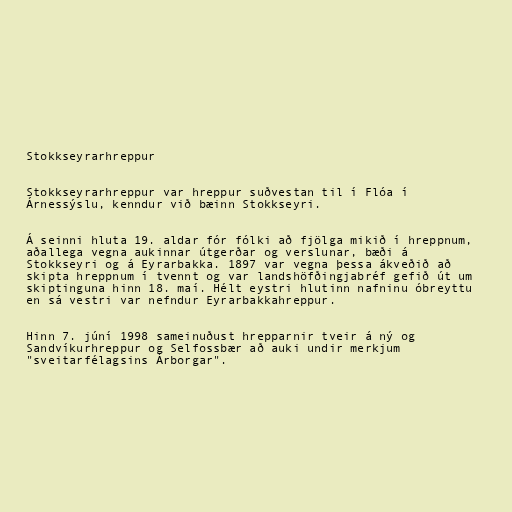
Stokkseyrarhreppur

Stokkseyrarhreppur var hreppur suðvestan til í Flóa í
Árnessýslu, kenndur við bæinn Stokkseyri.

Á seinni hluta 19. aldar fór fólki að fjölga mikið í hreppnum,
aðallega vegna aukinnar útgerðar og verslunar, bæði á
Stokkseyri og á Eyrarbakka. 1897 var vegna þessa ákveðið að
skipta hreppnum í tvennt og var landshöfðingjabréf gefið út um
skiptinguna hinn 18. maí. Hélt eystri hlutinn nafninu óbreyttu
en sá vestri var nefndur Eyrarbakkahreppur.

Hinn 7. júní 1998 sameinuðust hrepparnir tveir á ný og
Sandvíkurhreppur og Selfossbær að auki undir merkjum
"sveitarfélagsins Árborgar".